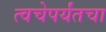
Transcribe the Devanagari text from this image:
त्वचेपर्यंतचा